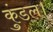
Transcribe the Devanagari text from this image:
कुंडल।